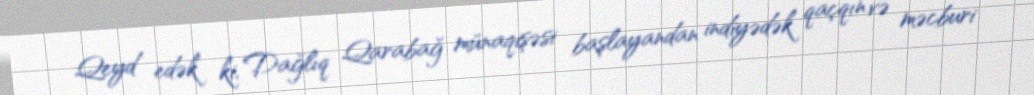
Qeyd edək ki, Dağlıq Qarabağ münaqişəsi başlayandan indiyədək qaçqın və məcburi